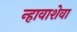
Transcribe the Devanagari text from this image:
न्हावाशेवा